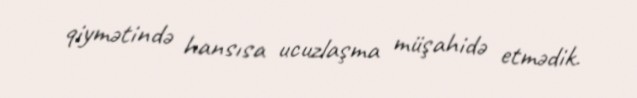
qiymətində hansısa ucuzlaşma müşahidə etmədik.